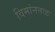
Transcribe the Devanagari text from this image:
विमांनतळ